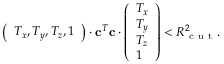
\left( \begin{array} { l } { T _ { x } , T _ { y } , T _ { z } , 1 } \end{array} \right) \cdot \mathbf { c } ^ { T } \mathbf { c } \cdot \left( \begin{array} { l } { T _ { x } } \\ { T _ { y } } \\ { T _ { z } } \\ { 1 } \end{array} \right) < R _ { \mathrm { ~ c ~ u ~ t ~ } } ^ { 2 } .